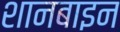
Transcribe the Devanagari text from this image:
शानबाइन